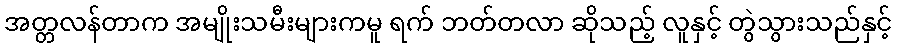
အတ္တလန်တာက အမျိုးသမီးများကမူ ရက် ဘတ်တလာ ဆိုသည့် လူနှင့် တွဲသွားသည်နှင့်